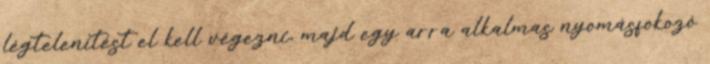
légtelenítést el kell végezni, majd egy arra alkalmas nyomásfokozó